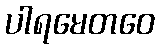
ပါရမေတဝေ